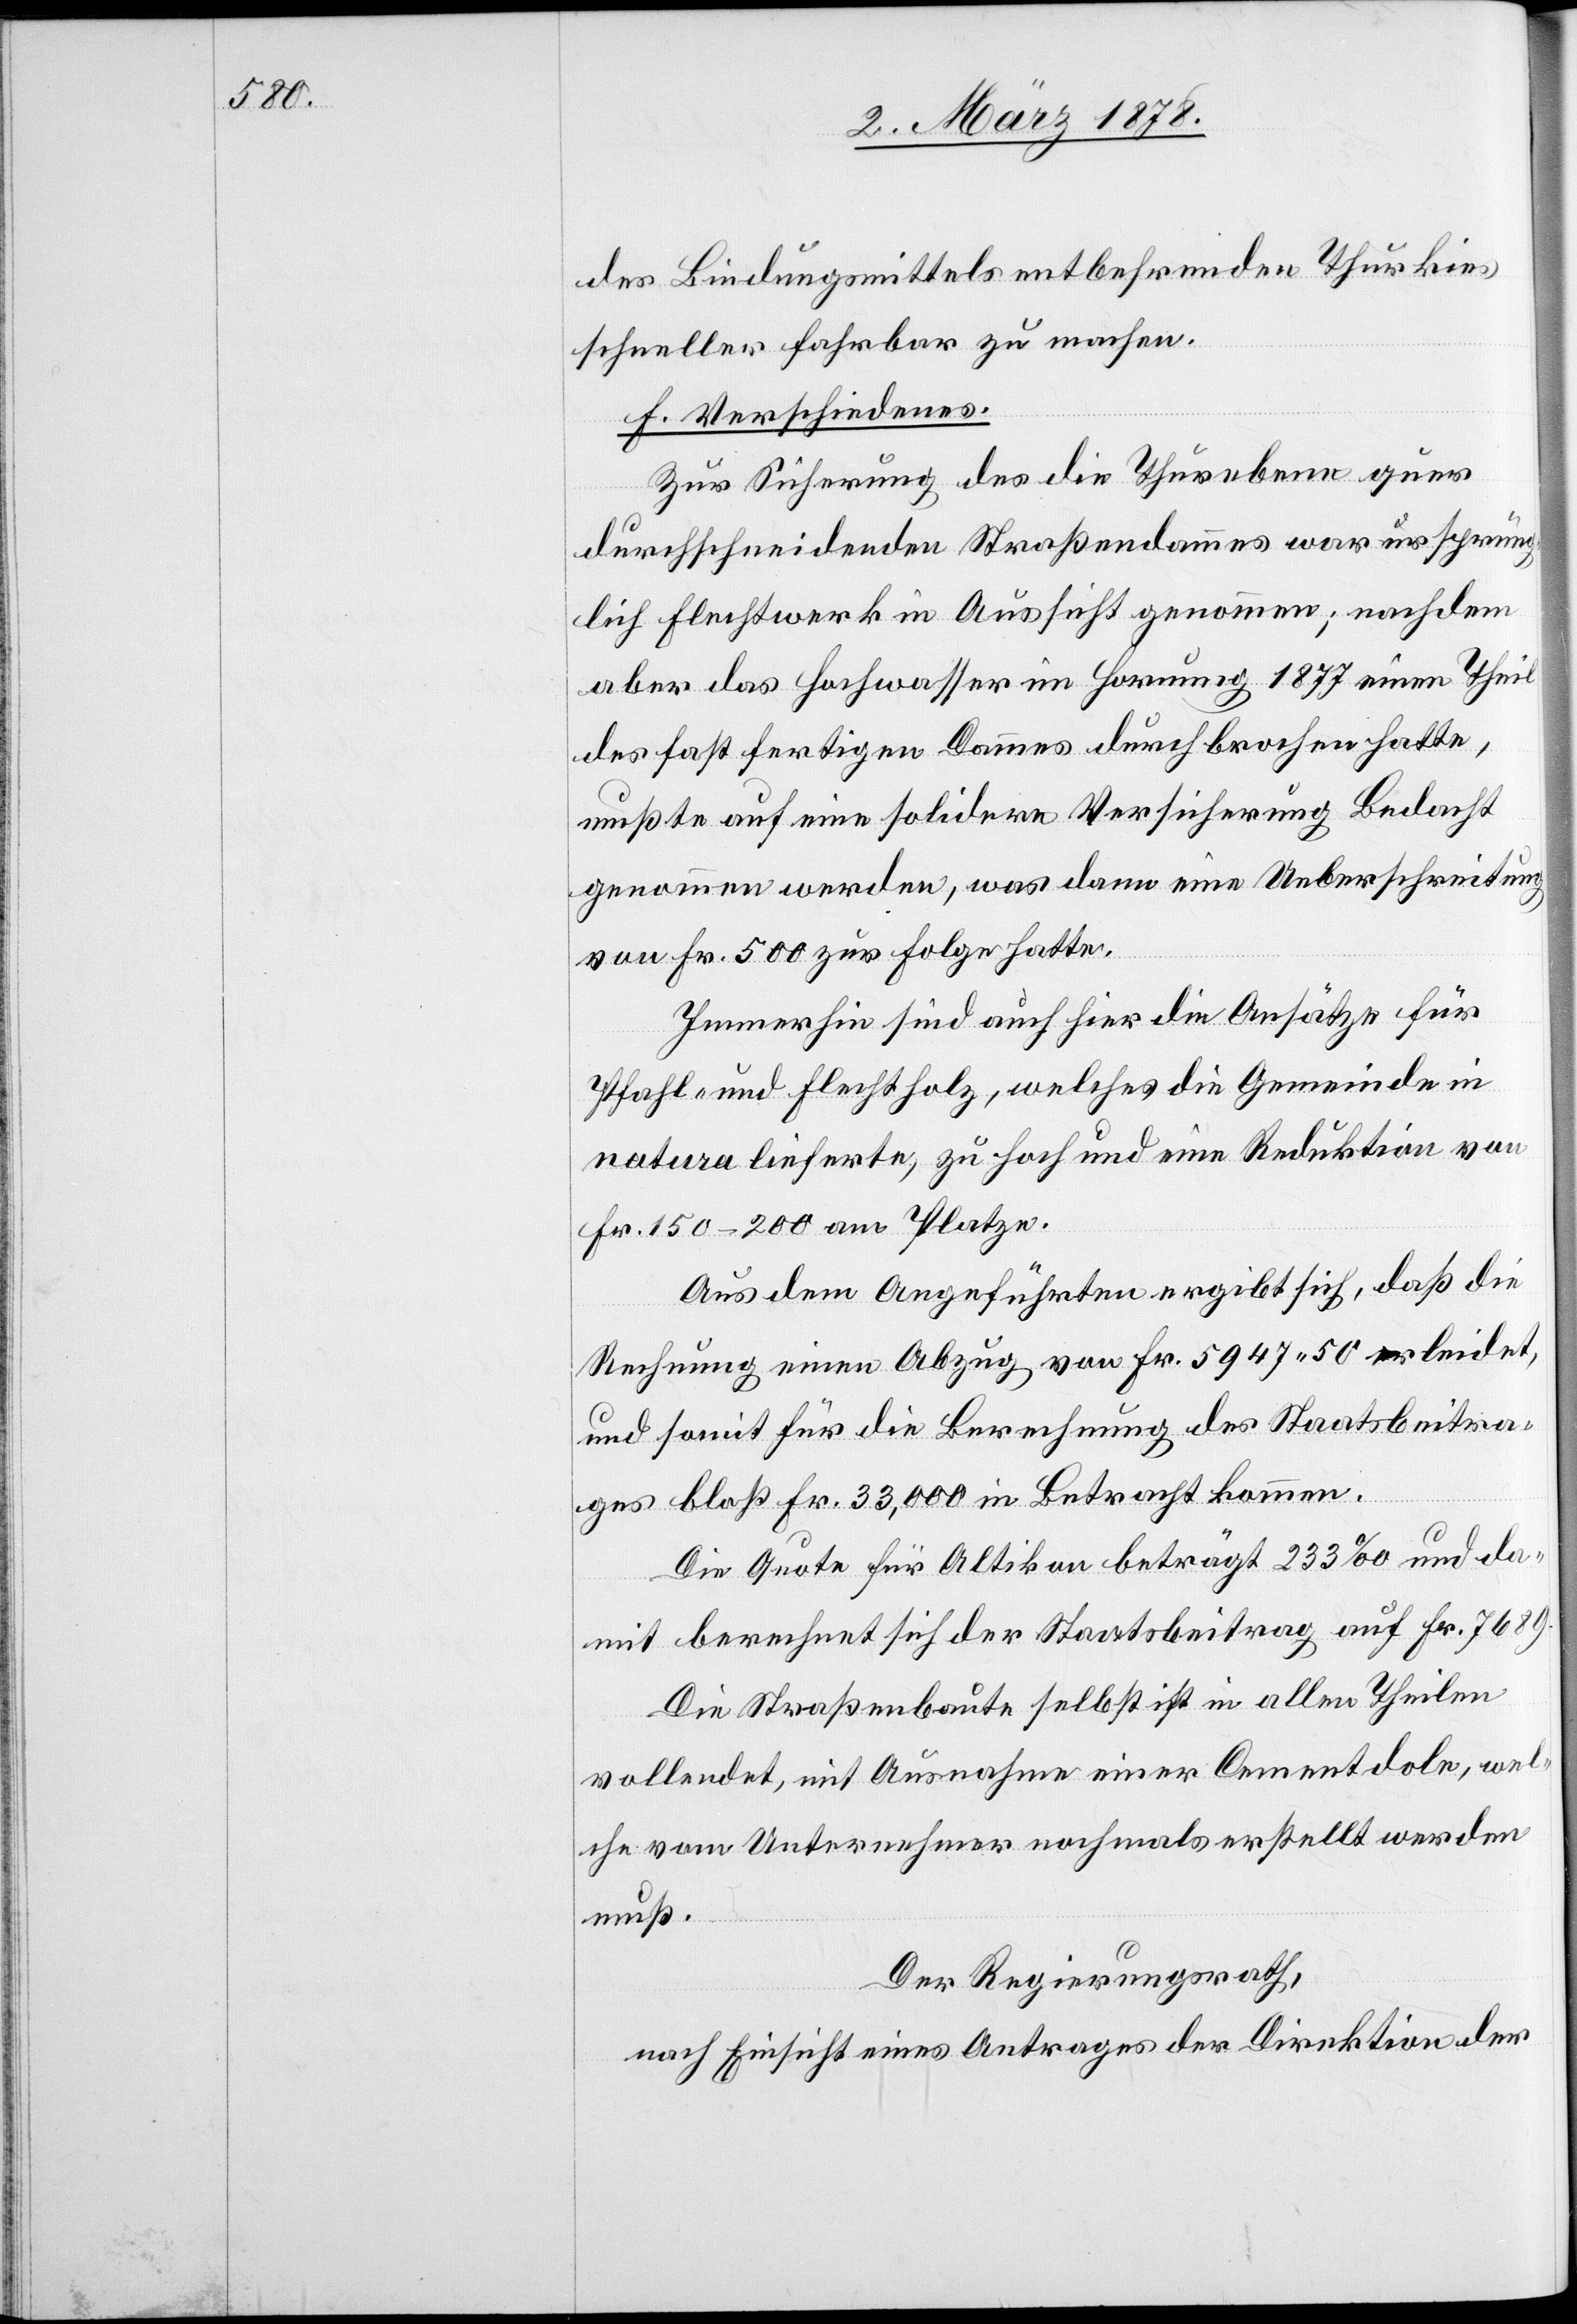
des Bindungsmittels entbehrenden Thurkies
schneller fahrbar zu machen.
f. Verschiedenes.
Zur Sicherung des die Thurebene quer
durchschneidenden Straßendammes war ursprüng¬
lich Flechtwerk in Aussicht genommen; nachdem
aber das Hochwasser im Hornung 1877 einen Theil
des fast fertigen Dammes durchbrochen hatte,
mußte auf eine solidere Versicherung Bedacht
genommen werden, was dann eine Ueberschreitung
von Fr. 500 zur Folge hatte.
Immerhin sind auch hier die Ansätze für
Pfahl- und Flechtholz, welches die Gemeinde in
natura lieferte, zu hoch und eine Reduktion von
Fr. 150–200 am Platze.
Aus dem Angeführten ergibt sich, daß die
Rechnung einen Abzug von Fr. 5947. 50 erleidet,
und somit für die Berechnung des Staatsbeitra¬
ges bloß Fr. 33,000 in Betracht kommen.
Die Quote für Altikon beträgt 233‰ und da¬
mit berechnet sich der Staatsbeitrag auf Fr. 7689.
Die Straßenbaute selbst ist in allen Theilen
vollendet, mit Ausnahme einer Cementdole, wel¬
che vom Unternehmer nochmals erstellt werden
muß.
Der Regierungsrath,
nach Einsicht eines Antrages der Direktion der